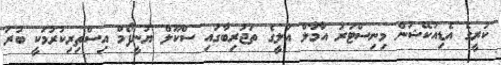
ކުރީގެ އެޑިއުކޭޝަން މިނިސްޓަރު އާމާލް އަލީގެ ތަޖުރިބާގައި ސްކޫލް ޔުނީފޯމް އިސްތިރިކުރުމަކީ ބުރަ